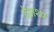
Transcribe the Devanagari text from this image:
देशश्थ